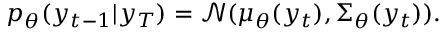
p _ { \theta } ( y _ { t - 1 } | y _ { T } ) = \mathcal { N } ( \mu _ { \theta } ( y _ { t } ) , \Sigma _ { \theta } ( y _ { t } ) ) .